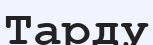
Тарду